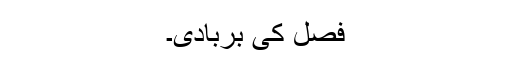
فصل کی بربادی۔